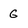
Character: G